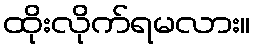
ထိုးလိုက်ရမလား။